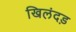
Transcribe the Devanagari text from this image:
खिलंदड़